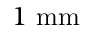
1 ~ \mathrm { m m }